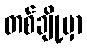
တစ်ချို့မှာ